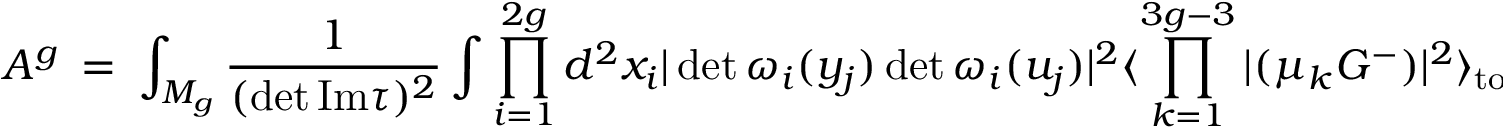
A ^ { g } ~ = ~ \int _ { M _ { g } } \frac { 1 } { ( \operatorname * { d e t } \mathrm { I m } \tau ) ^ { 2 } } \int \prod _ { i = 1 } ^ { 2 g } d ^ { 2 } x _ { i } | \operatorname * { d e t } { \omega _ { i } ( y _ { j } ) } \operatorname * { d e t } { \omega _ { i } ( u _ { j } ) } | ^ { 2 } \langle \prod _ { k = 1 } ^ { 3 g - 3 } | ( \mu _ { k } G ^ { - } ) | ^ { 2 } \rangle _ { \mathrm { t o p } } ,